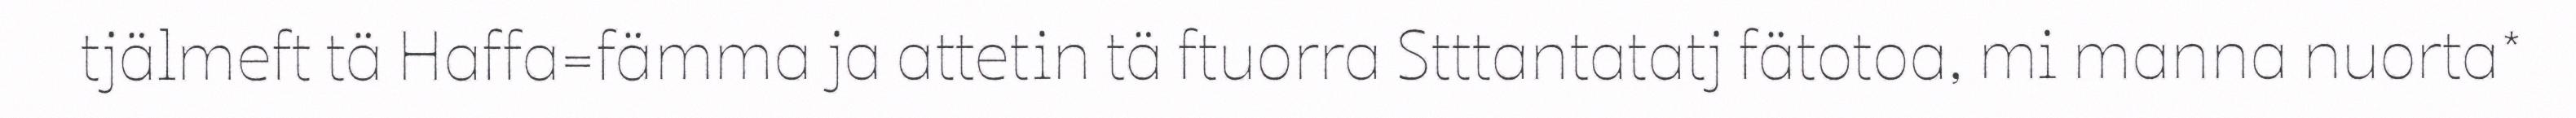
tjälmeft tä Haffa=fämma ja attetin tä ftuorra Stttantatatj fätotoa, mi manna nuorta*